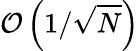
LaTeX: \mathcal{O}\left(1/\sqrt{N}\right)